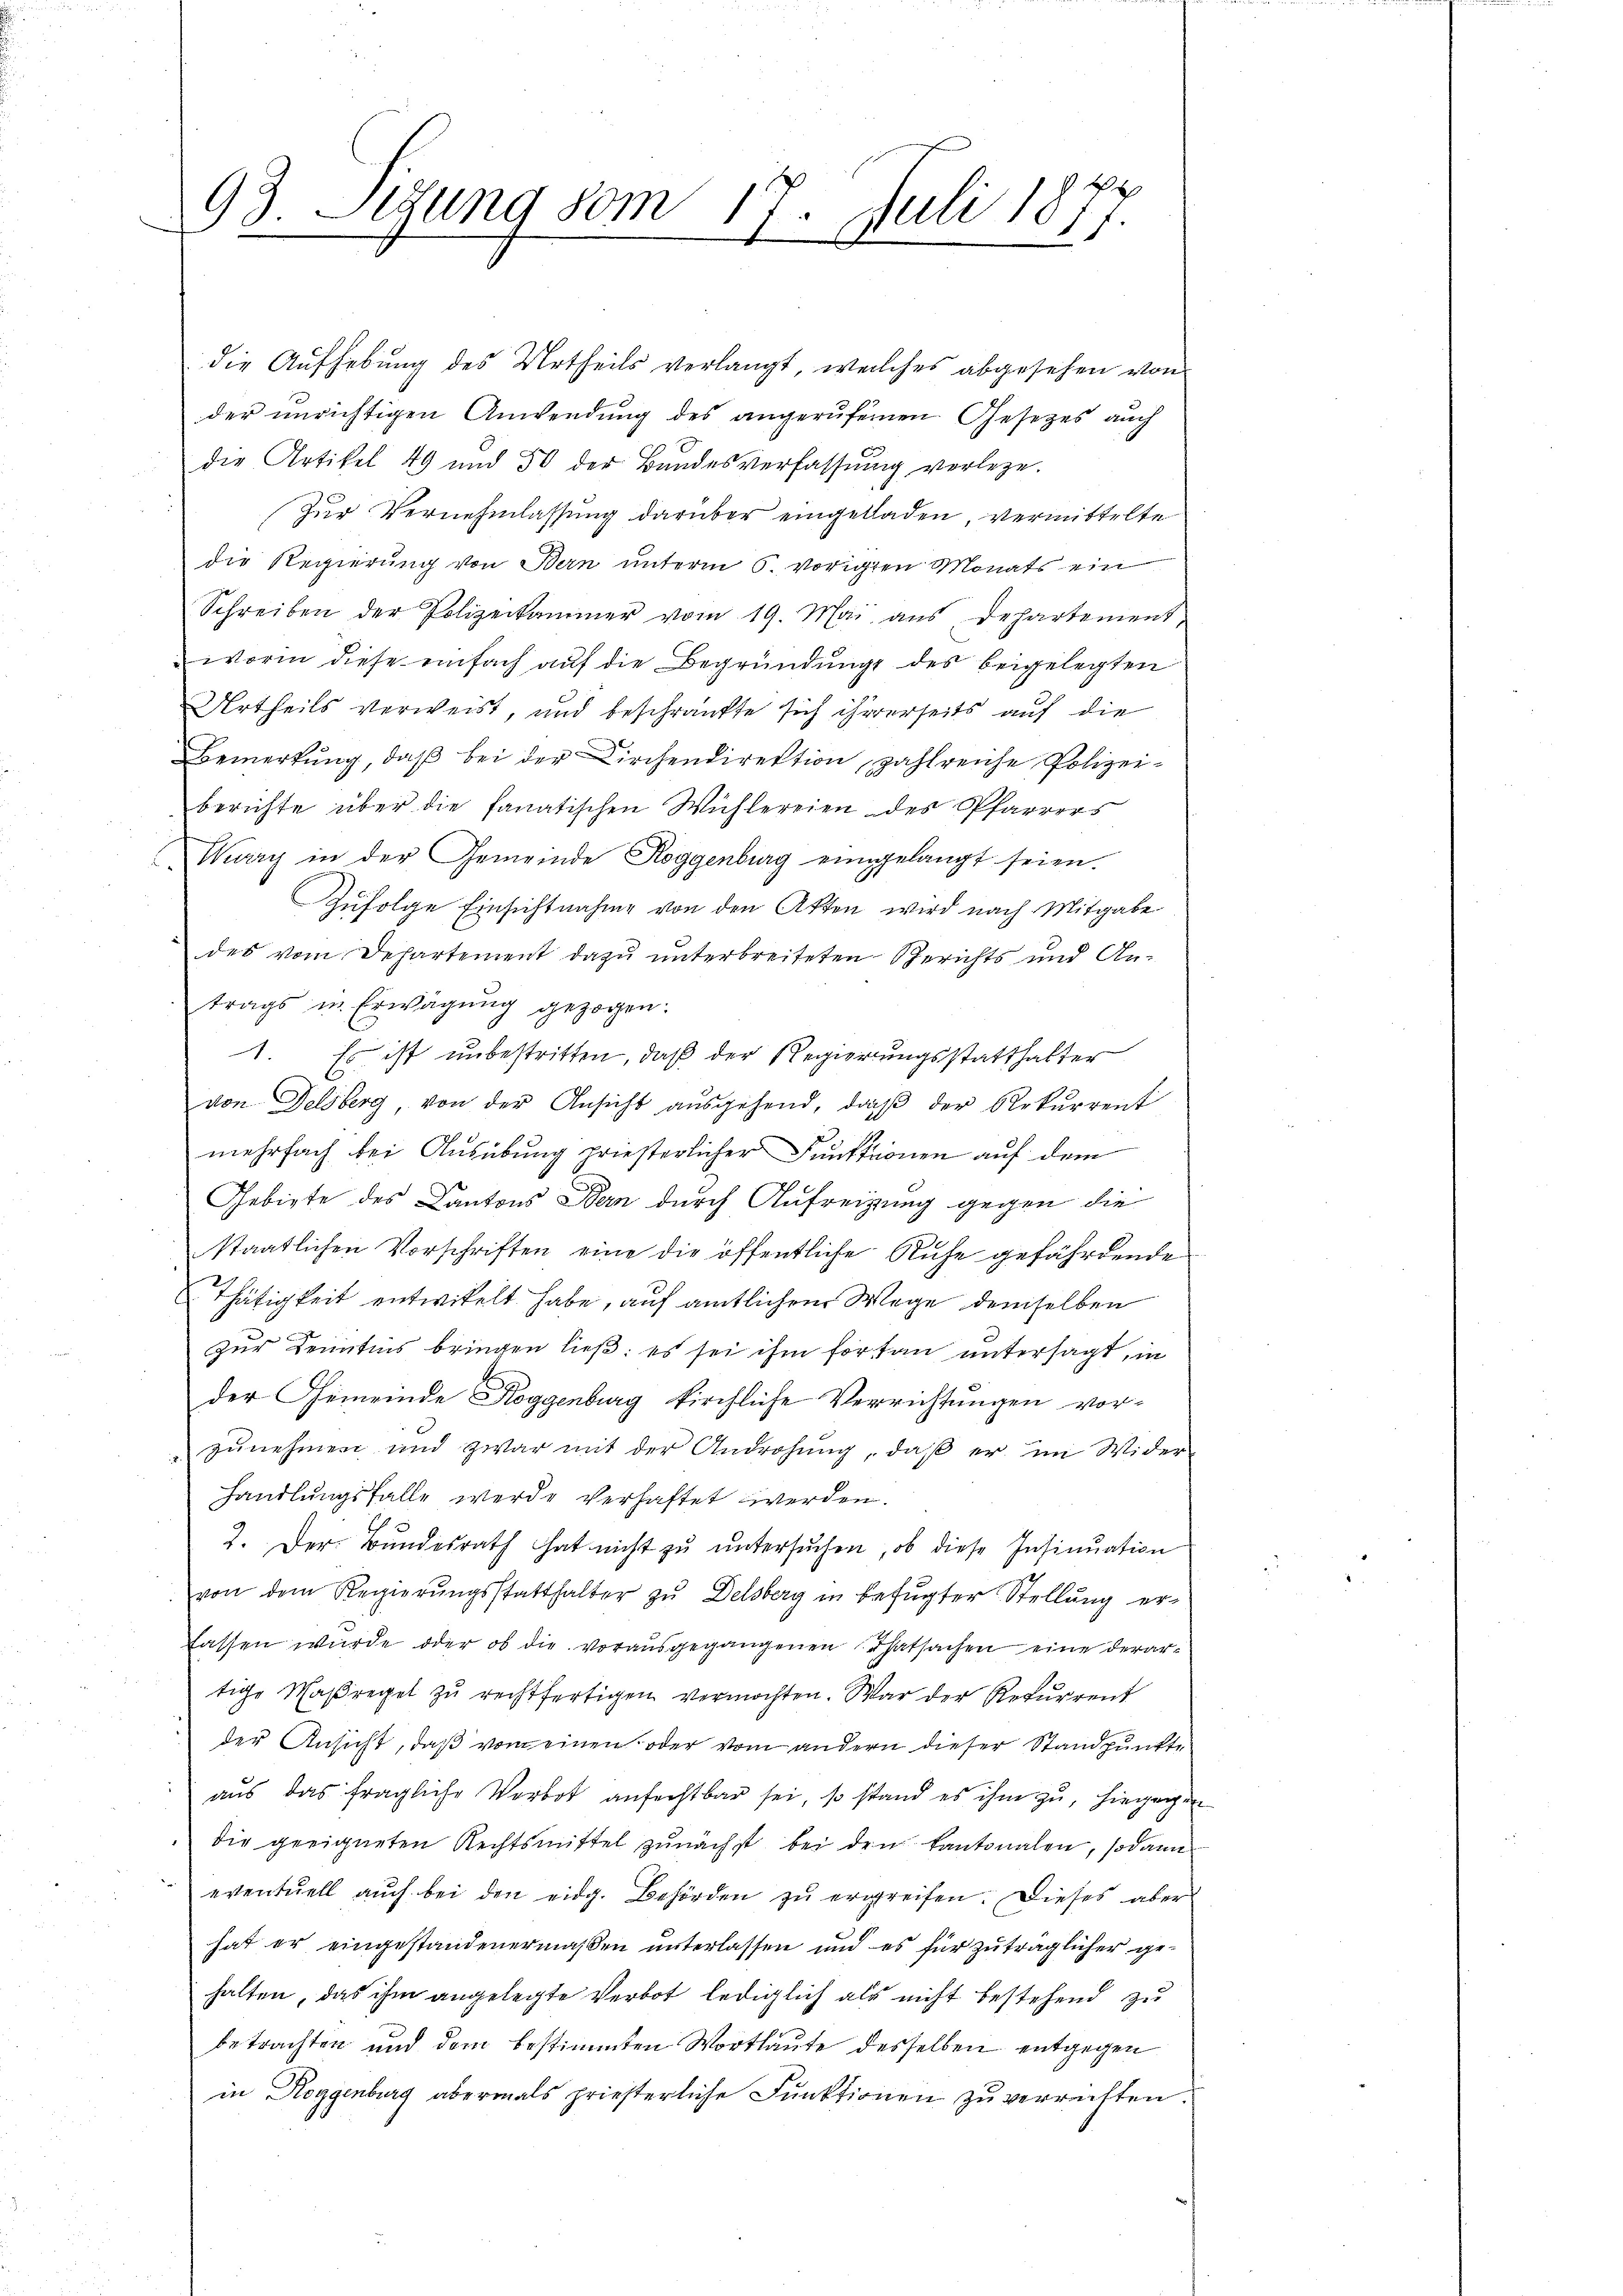
93. Sitzung vom 17. Juli 1877.

die Aufhebung des Urtheils verlangt, welches abgesehen von
der unrichtigen Anwendung des angerufenen Gesetzes auch
die Artikel 49 und 50 der Bundesverfassŭng verlege.
Zur Vernehmlassung darüber eingeladen, vermittelte
die Regierung von Bern unterm 5. vorigen Monats ein
Schreiben der Polizeikammer vom 19. Mai aus Departement,
worin diese einfach auf die Begründung des beigelegten
Urtheils verweist, und beschränkte sich ihrerseits auf die
Bemerkung, daß bei der Kirchendirektion zahlreiche Polizeiberichte über die fanatischen Wichlereien des Pfarrers
Way in der Gemeinde Roggenburg eingelangt seien.
Zufolge Einsichtnahme von den Akten wird nach Mitgabe
des vom Departement dazu unterbreiteten Berichts und Antrags in Erwägung gezogen.
1. Es ist unbestritten, daß der Regierungsstatthalter
von Delsberg, von der Ansicht ausgehend, daß der Rekurrent
mehrfach bei Ausübung priesterlicher Funktionen auf dem
Gebiete des Kantons Bern durch Aufreigung gegen die
staatlichen Vorschriften eine die öffentliche Ruhe gefährdende
Thätigkeit entwikelt habe, auf amtlichem Wege demselben
zur Kenntnis bringen ließ; es sei ihm fortan untersagt, in
der Gemeinde Roggenburg kirchliche Verrichtungen vorzunehmen und zwar mit der Androhŭng, daβ er im Wider
handlungsfalle werde verhaftet werden.
2. Der Bŭndesrath hat nicht zŭ ŭntersŭchen, ob diese Insinuation
von dem Regierŭngsstatthalter zŭ Delsberg in befŭgter Stellŭng er-
fassen wurde oder ob die vorausgegangenen Thatsachen eine derartige Waßregel zŭ rechtfertigen vermochten. War der Rekurrent
der Ansicht, daß vom einen oder vom andern dieser Standpunkte
aus das fragliche Verbot anfechtbar sei, so stand es ihm zu, hiegengen
die geeigneten Rechtsmittel zunächst bei den kantonalen, sodann
eventuell auch bei den eidg. Behörden zu ergreifen. Dieses aber
hat er eingestandenermaßen unterlassen und es für zuträglicher gehalten, das ihm angelegte Verbot lediglich als nicht bestehend zu
betrachten und dem bestimmten Wortlaute desselben entgegen
in Roggenburg abermals priesterliche Funktionen zu verrichten.